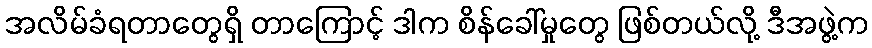
အလိမ်ခံရတာတွေရှိ တာကြောင့် ဒါက စိန်ခေါ်မှုတွေ ဖြစ်တယ်လို့ ဒီအဖွဲ့က